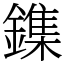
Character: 鏶